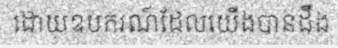
ដោយឧបករណ៍ដែលយើងបានដឹង